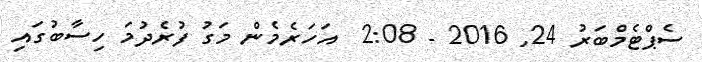
ސެޕްޓެމްބަރު 24